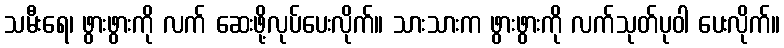
သမီးရေ၊ ဖွားဖွားကို လက် ဆေးဖို့လုပ်ပေးလိုက်။ သားသားက ဖွားဖွားကို လက်သုတ်ပုဝါ ပေးလိုက်။